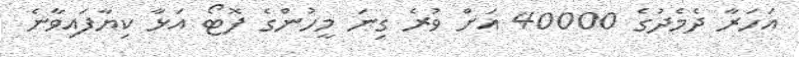
އަހަރާ ދެމެދުގެ 40000 އަށް ވުރެ ގިނަ މީހުންގެ ފޮޓޯ އަޅާ ކިޔާފައިވާނެ